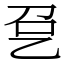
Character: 㐒